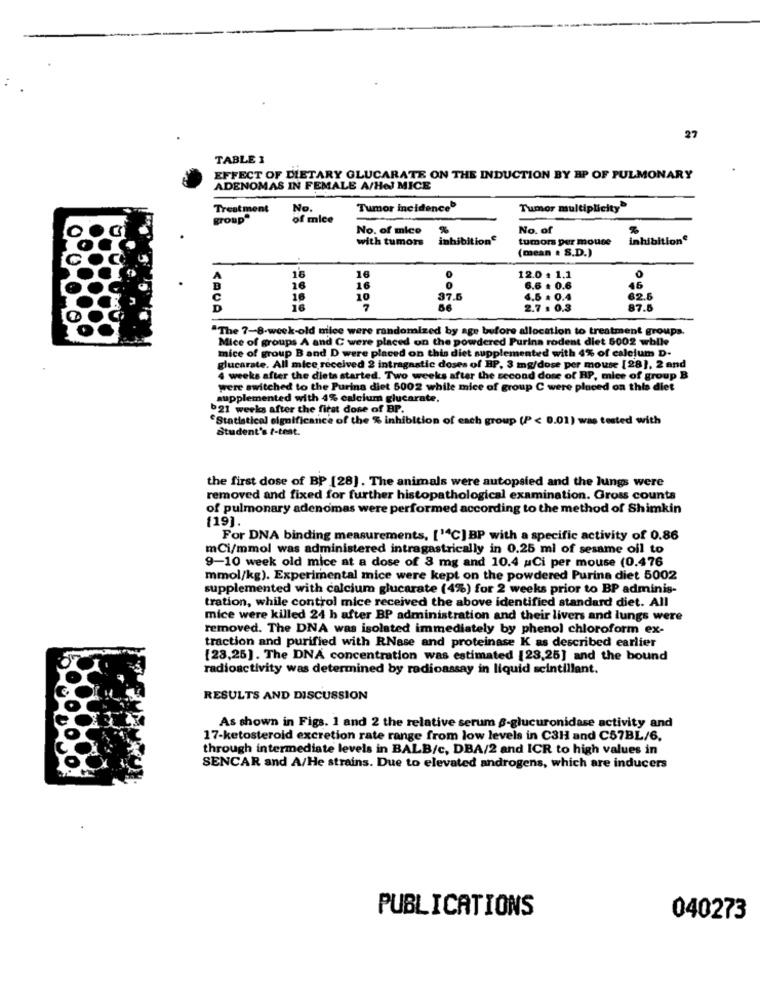
27
TABLE 3
EFFECT OF DIETARY GLUCARATE ON THE INDUCTION BY AP OF PULMONARY
ADENOMAS IN FEMALE A/Hel MICE
Treatment
No.
Tumor incidence
Tumor multiplicity
TOup
of mice
No. of mice
%
No. of
with tumors
inhibitione
tumors per mouse
inhibitione
(mean . S.D.)
0
16
16
12.0 $ 1.1
46
16
16
6.6 . 0.6
16
4.5 . 0.4
62.6
16
2.7 : 0.3
0.3
87.6
"The 7-8-week-old mice were randomized by age before allocation to treatment groups.
Mice of groups A and C were placed on the powdered Purina rodent diet 5002 while
mice of group Band D were placed on this diet supplemented with 4% of calcium D.
glucarate. All mice received 2 intragastic doses of HP, 3 mg/dose per mouse [28], 2 and
4 weeks after the diets started. Two weeks after the second dose of RP, mice of group B
were switched to the Purina diet 5002 while mice of group C were placed on this diet
supplemented with 4% calcium glucarate.
b21 werks after the first dose of BP.
Statistical significance of the % inhibition of each group (P < 0.01) was tested with
Student's t-test.
the first dose of BP [28]. The animals were autopsied and the lungs were
removed and fixed for further histopathological examination. Gross counts
of pulmonary adenomas were performed according to the method of Shimkin
[19].
For DNA binding measurements, ['"C] BP with a specific activity of 0.86
mCi/mmol was administered intragastrically in 0.25 ml of sesame oil to
9-10 week old mice at a dose of 8 mg and 10.4 Ci per mouse (0.476
mmol/kg). Experimental mice were kept on the powdered Purina diet 5002
supplemented with calcium glucarate (4%) for 2 weeks prior to BP adminis-
tration, while control mice received the above identified standard diet. All
mice were killed 24 h after BP administration and their livers and lungs were
removed. The DNA was isolated immediately by phenol chloroform ex-
traction and purified with RNase and proteinase K as described earlier
[23,25]. The DNA concentration was estimated [23,25] and the bound
radioactivity was determined by radioassay in liquid scintillant.
RESULTS AND DISCUSSION
As shown in Figs. 1 and 2 the relative serum a-glucuronidase activity and
17-ketosteroid excretion rate range from low levels in C3H and C57BL/6.
through intermediate levels in BALB/c, DBA/2 and ICR to high values in
SENCAR and A/He strains. Due to elevated androgens, which are inducers
PUBLICATIONS
040273